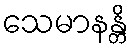
သေမာနန္တိ